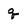
Character: q